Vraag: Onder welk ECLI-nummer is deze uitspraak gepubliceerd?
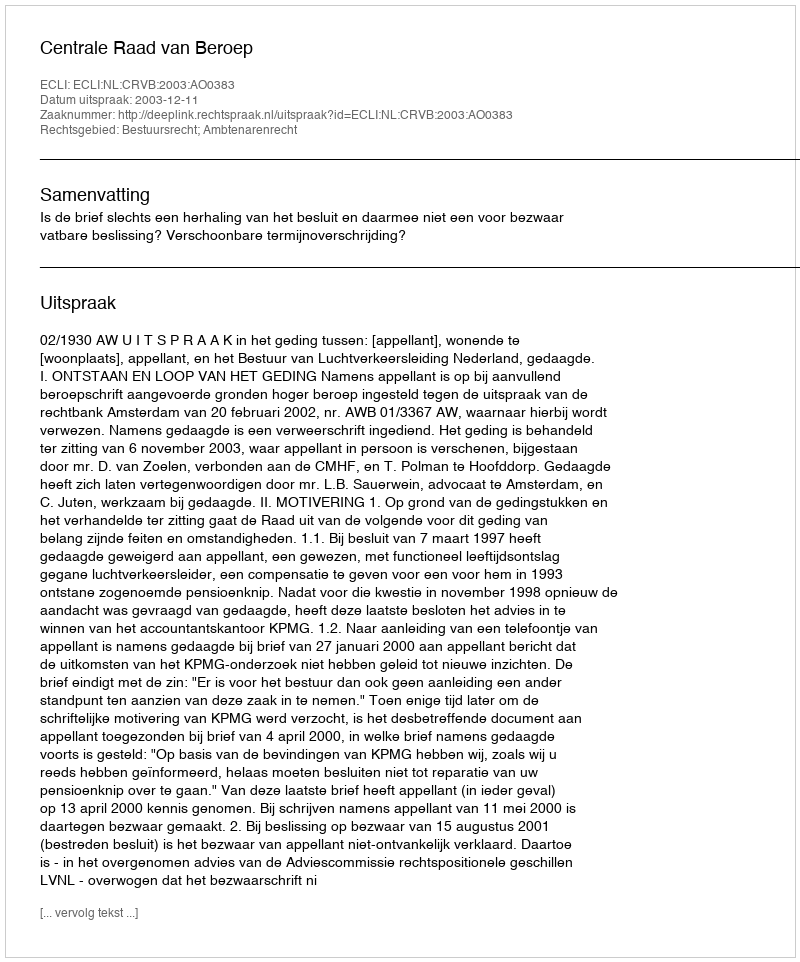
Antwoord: ECLI:NL:CRVB:2003:AO0383